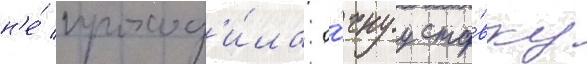
н'е́ проход'и́ла о́чнуу ста́вку